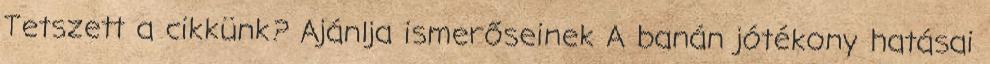
Tetszett a cikkünk? Ajánlja ismerőseinek A banán jótékony hatásai